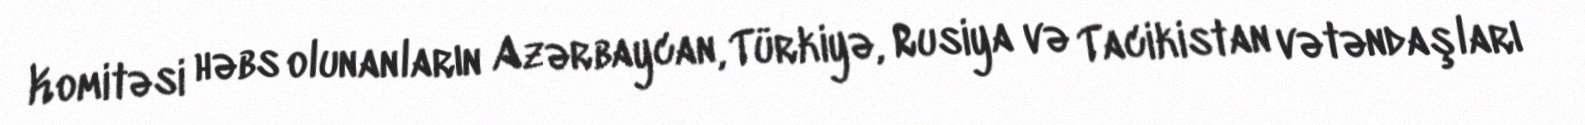
Komitəsi həbs olunanların Azərbaycan, Türkiyə, Rusiya və Tacikistan vətəndaşları